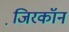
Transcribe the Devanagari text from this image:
जि़रकॉन